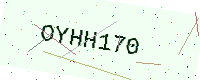
Text: OYHH170